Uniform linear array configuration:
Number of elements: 16
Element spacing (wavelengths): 0.5
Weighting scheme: cosine
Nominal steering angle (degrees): -60
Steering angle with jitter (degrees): -58.725
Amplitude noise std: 0.05
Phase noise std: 0.05

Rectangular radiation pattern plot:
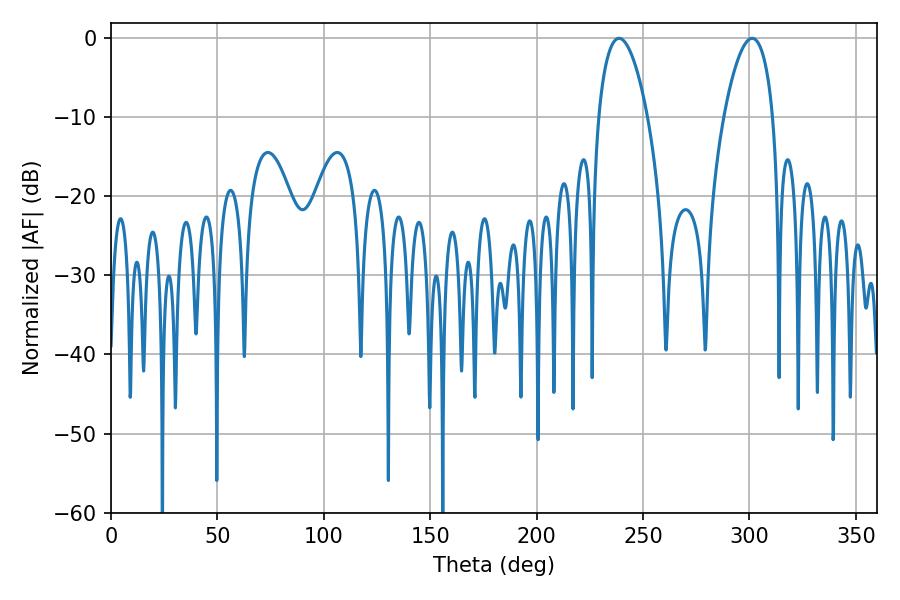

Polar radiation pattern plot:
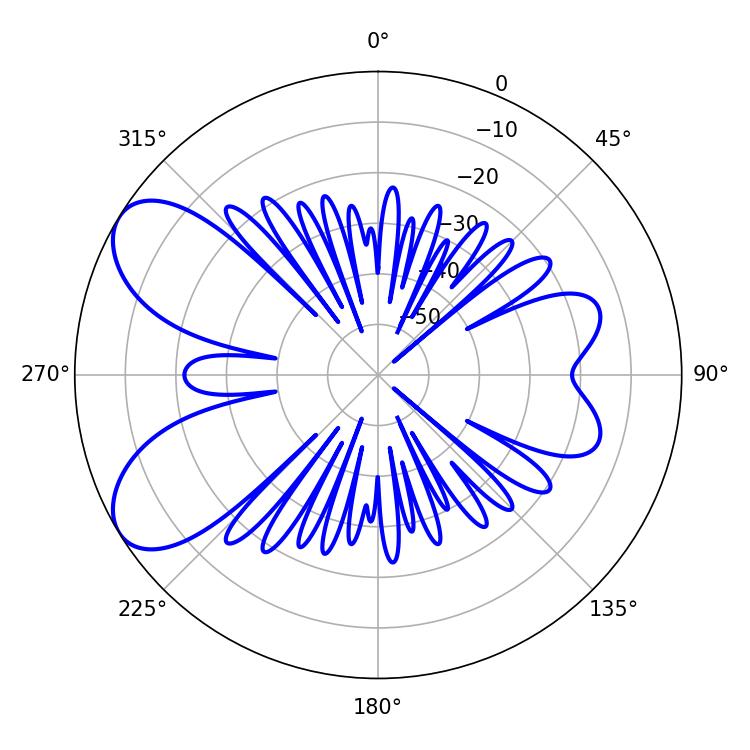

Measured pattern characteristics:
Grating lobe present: FALSE
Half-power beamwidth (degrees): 12.78
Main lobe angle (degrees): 238.68